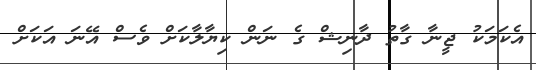
އެކަމަކު ޖީނާ ގާތު ދާނިޝް ގެ ނަން ކިޔާލާކަށް ވެސް އޭނަ އަކަށް